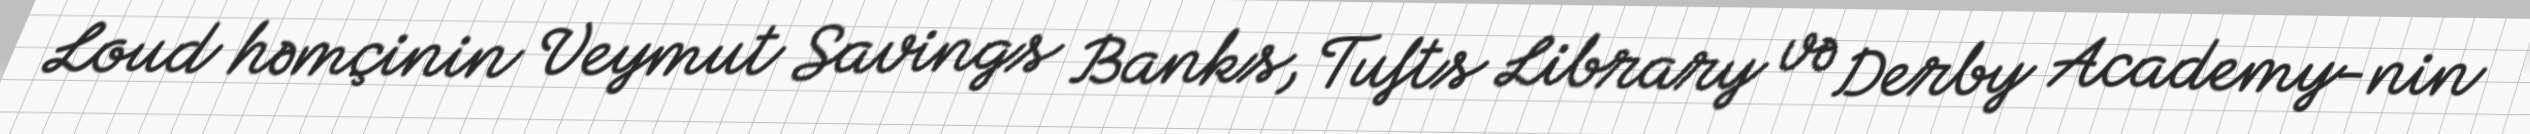
Loud həmçinin Veymut Savings Banks, Tufts Library və Derby Academy-nin